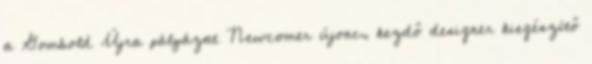
a Gombold Újra pályázat Newcomer újonc, kezdő designer kiegészítő